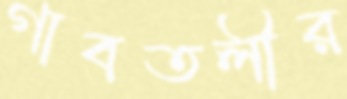
গাবতলীর